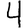
Digit: 4